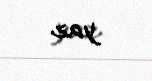
yaz.